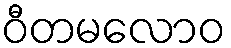
ဝီတမလောဝ